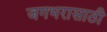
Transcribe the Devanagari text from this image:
जगभरासाठी